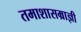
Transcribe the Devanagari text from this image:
तमाशासम्राज्ञी